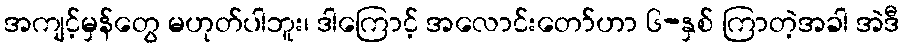
အကျင့်မှန်တွေ မဟုတ်ပါဘူး၊ ဒါကြောင့် အလောင်းတော်ဟာ ၆-နှစ် ကြာတဲ့အခါ အဲဒီ